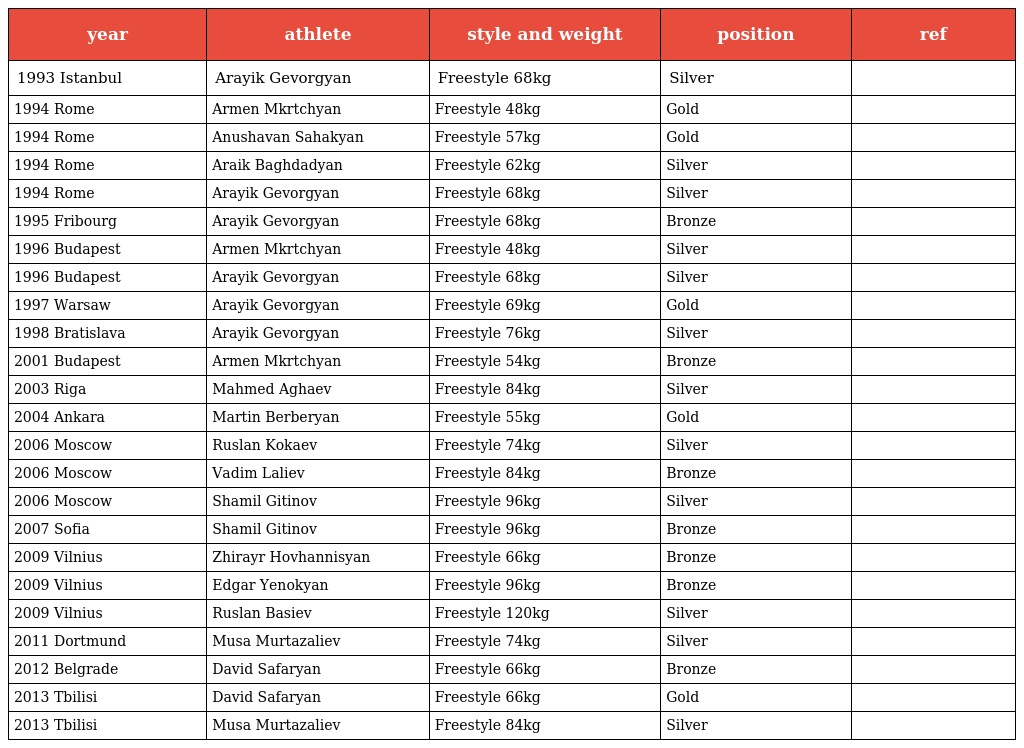
| year | athlete | style and weight | position | ref |
 | --- | --- | --- | --- | --- |
 | 1993 Istanbul | Arayik Gevorgyan | Freestyle 68kg | Silver |  |
 | 1994 Rome | Armen Mkrtchyan | Freestyle 48kg | Gold |  |
 | 1994 Rome | Anushavan Sahakyan | Freestyle 57kg | Gold |  |
 | 1994 Rome | Araik Baghdadyan | Freestyle 62kg | Silver |  |
 | 1994 Rome | Arayik Gevorgyan | Freestyle 68kg | Silver |  |
 | 1995 Fribourg | Arayik Gevorgyan | Freestyle 68kg | Bronze |  |
 | 1996 Budapest | Armen Mkrtchyan | Freestyle 48kg | Silver |  |
 | 1996 Budapest | Arayik Gevorgyan | Freestyle 68kg | Silver |  |
 | 1997 Warsaw | Arayik Gevorgyan | Freestyle 69kg | Gold |  |
 | 1998 Bratislava | Arayik Gevorgyan | Freestyle 76kg | Silver |  |
 | 2001 Budapest | Armen Mkrtchyan | Freestyle 54kg | Bronze |  |
 | 2003 Riga | Mahmed Aghaev | Freestyle 84kg | Silver |  |
 | 2004 Ankara | Martin Berberyan | Freestyle 55kg | Gold |  |
 | 2006 Moscow | Ruslan Kokaev | Freestyle 74kg | Silver |  |
 | 2006 Moscow | Vadim Laliev | Freestyle 84kg | Bronze |  |
 | 2006 Moscow | Shamil Gitinov | Freestyle 96kg | Silver |  |
 | 2007 Sofia | Shamil Gitinov | Freestyle 96kg | Bronze |  |
 | 2009 Vilnius | Zhirayr Hovhannisyan | Freestyle 66kg | Bronze |  |
 | 2009 Vilnius | Edgar Yenokyan | Freestyle 96kg | Bronze |  |
 | 2009 Vilnius | Ruslan Basiev | Freestyle 120kg | Silver |  |
 | 2011 Dortmund | Musa Murtazaliev | Freestyle 74kg | Silver |  |
 | 2012 Belgrade | David Safaryan | Freestyle 66kg | Bronze |  |
 | 2013 Tbilisi | David Safaryan | Freestyle 66kg | Gold |  |
 | 2013 Tbilisi | Musa Murtazaliev | Freestyle 84kg | Silver |  |